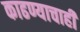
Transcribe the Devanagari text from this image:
काढण्याचाही